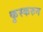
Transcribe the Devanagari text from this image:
कुस्करुन